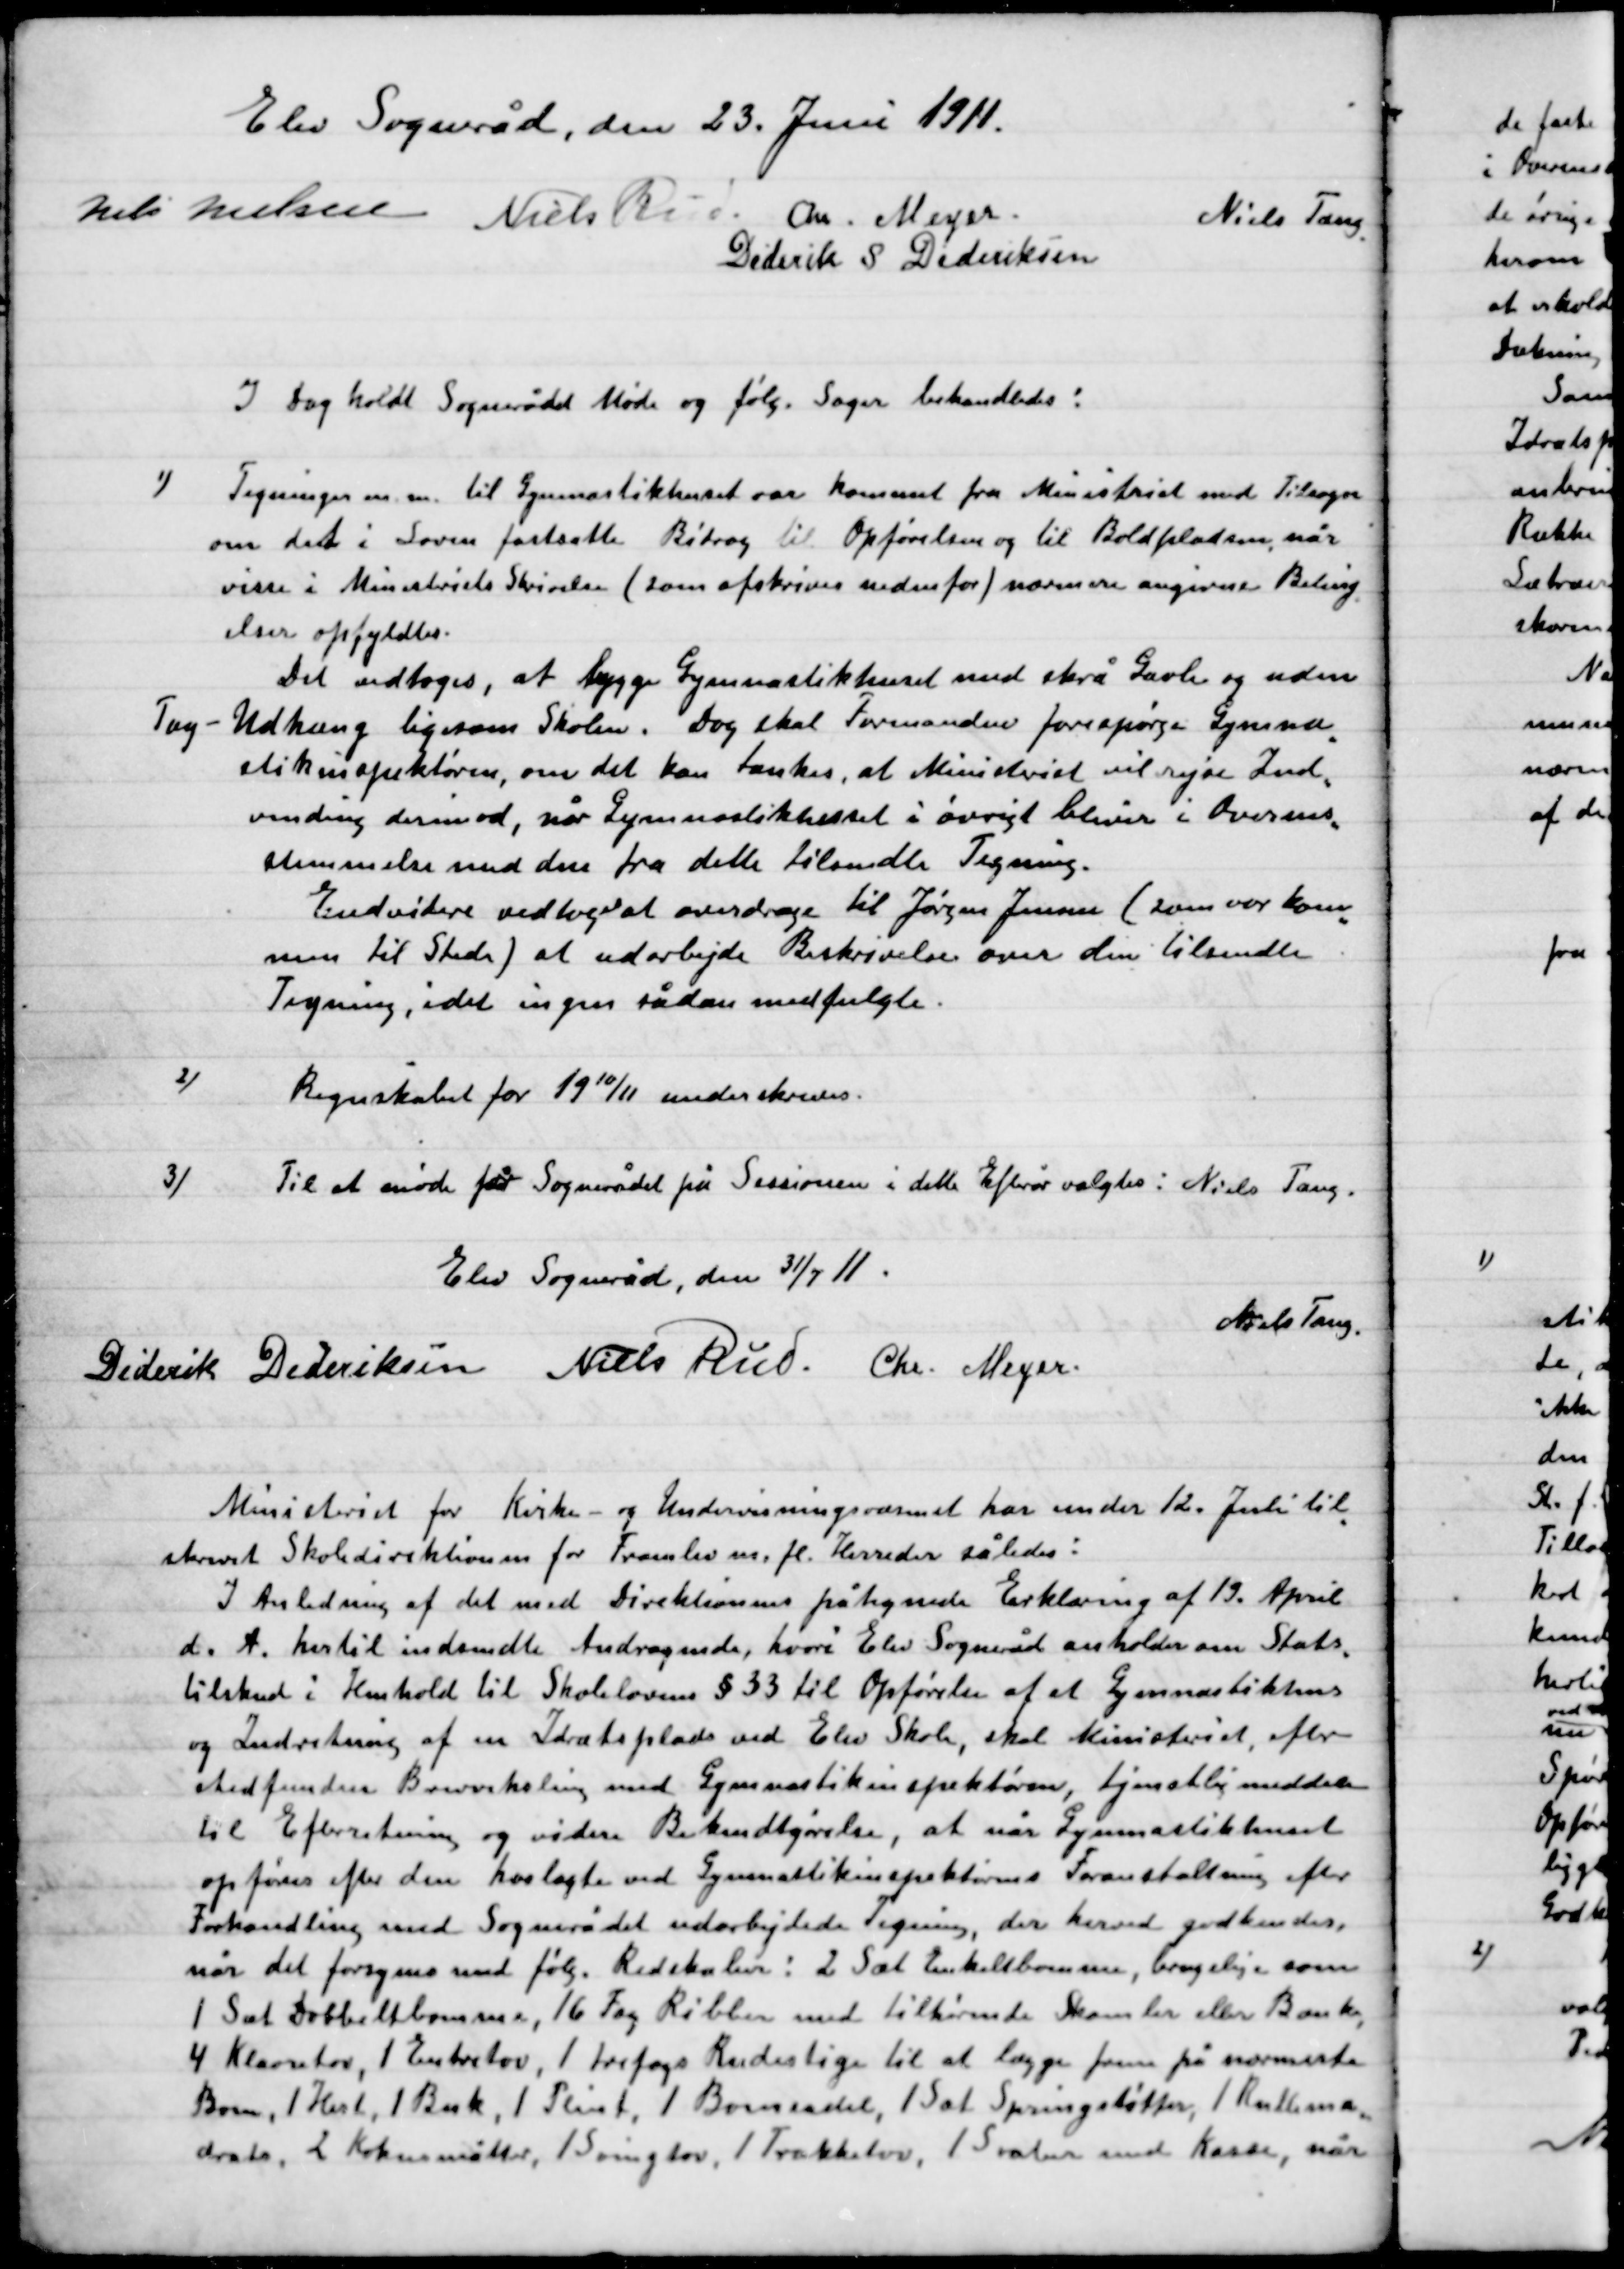
Transskription:
Elev Sogneråd, den 23. Juni 1911.

Niels Nielsen
Niels Rud
Chr. Mejer
Niels Tang
Diderik Dideriksen

I Dag holdt Sognerådet Møde og følg. Sager behandledes:

1)

Tegning m.m. til Gymnastikhuset var kommet fra Ministeriet med Tilsagn
om det i Loven fastsatte Bidrag til Opførelsen og til Boldpladsen, når
visse i Ministeriets Skrivelse (som afskrives udenfor) nærmere angivne Betin-
gelser opfyldes.
Det vedtoges, at bygge Gymnastikhuset med skrå Gavle og uden
Tag – Udhæng ligesom Skolen. Dog skal Formanden forespørge Gymna-
stikinspektøren, om det kan tænkes, at Ministeriet vil rejse Ind-
vending derimod, når Gymnastikhuset i øvrigt bliver i Overens-
stemmelse med den fra dette tilsendte Tegning.
Endvidere vedtoges at overdrage til Jørgen Jensen (som var kom-
men til Stede) at udarbejde Beskrivelse over den tilsendte
Tegning, idet ingen sådan medfulgte.

2)

Regnskabet for 19 10/11 underskrives.

3)

Til at møde for sognerådet på Sessionen i dette Efterår valgtes: Niels Tang.

Elev Sogneråd, den 31/7 11.

Diderik Dideriksen
Niels Rud
Chr. Mejer
Niels Tang.

Ministeriet for Kirke og Undervisningsministeriet har under 12. juli til-
skrevet Skoledirektionen for Framlev m. fl. Herreder således:
I Anledning af det med Direktionens påtegnede Erklæring af 19. April
d. A. hertil indsendte Andragende, hvori Elev Sogneråd anholder om Stats-
tilskud i henhold til Skoleloven § 33 til Opførelse af et Gymnastikhus
og Indretning af en Idrætsplads ved Elev Skole skal Ministeriet efter
stedfunden Brevveksling med Gymnastikinspektøren tjenstlig meddele
til Efterretning og videre Bekendtgørelse, at når Gymnastikhuset
opføres efter den hoslagte ved Gymnastikinspektørens Foranstaltning efter
Forhandling med Sognerådet udarbejdede Tegning, der herved godkendes
når det forsynes med følg. Redskaber: 2 Sæt Enkeltbomme, brugelige som
1 Sæt dobbeltbomme, 16  Fag Ribber med tilhørende Skamler eller Bænke,
4 Klatretove, 1 Endetov, 1 Trefogs Rudeslige til at lægge frem på nærmeste
Bom, 1 Hest, 1 Buk, 1 Plint, 1 Barnesadel, 1 Sæt Springstøtter 1 Rullema-
dras, 2 Kokosmåtter, 1 Svingtov, 1 Trækketov, 1 Svæber med Kasse, når